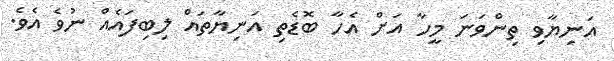
އަނިޔާވި ތިންވަނަ މީހާ އަށް އެހާ ބޮޑެތި އަނިޔާތައް ލިބިފައެއް ނުވެ އެވެ.